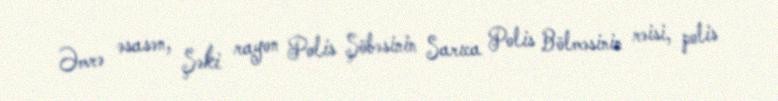
Əmrə əsasən, Şəki rayon Polis Şöbəsinin Sarıca Polis Bölməsinin rəisi, polis